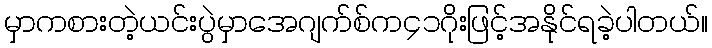
မှာကစားတဲ့ယင်းပွဲမှာအေဂျက်စ်က၄၁ဂိုးဖြင့်အနိုင်ရခဲ့ပါတယ်။